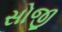
સોજી